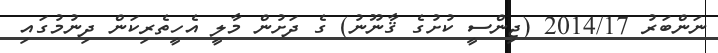
ނަންބަރު 2014/17 (ޖިންސީ ކުށުގެ ޤާނޫނު) ގެ ދަށުން މާލީ އެހީތެރިކަން ދިނުމުގައި